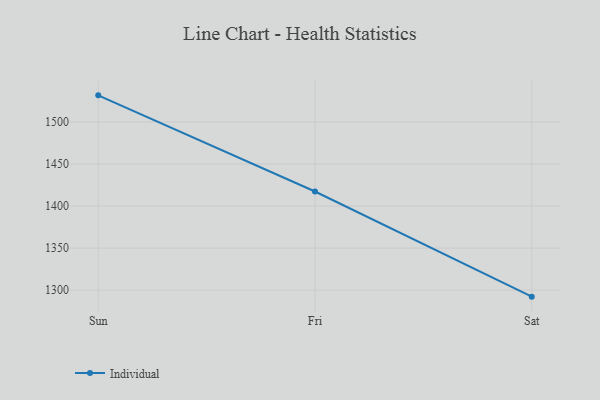
{"axis": {"x": "Day", "y": "Customer Acquisition Cost (USD)"}, "legend": ["Individual"], "data": [{"x": "Sun", "y": 1531.7, "type": "Individual"}, {"x": "Fri", "y": 1417.3, "type": "Individual"}, {"x": "Sat", "y": 1292.2, "type": "Individual"}]}